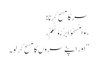
سر کا مسح کرنا:
‹وَامْسَحُوْا بِرُءُوْسِکُمْ›
’’اور اپنے سروں کا مسح کر لو۔